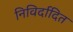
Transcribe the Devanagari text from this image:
निविर्दादित